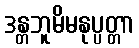
ဒန္တဘူမိမနုပ္ပတ္တာ